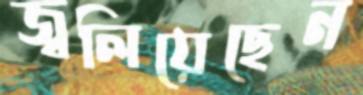
জ্বলিয়েছেন